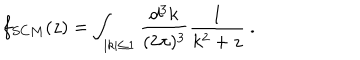
LaTeX: f _ { S C M } ( z ) = \int _ { | k | \leq 1 } { \frac { d ^ { 3 } k } { ( 2 \pi ) ^ { 3 } } } { \frac { 1 } { k ^ { 2 } + z } } \ .